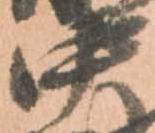
中